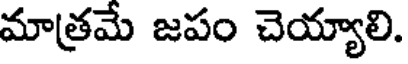
మాత్రమే జపం చెయ్యాలి.